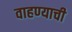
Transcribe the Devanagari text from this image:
वाहण्‍याची